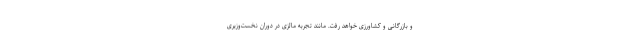
و بازرگانی و کشاورزی خواهد رفت. مانند تجربه مالزی در دوران نخست‌وزیری